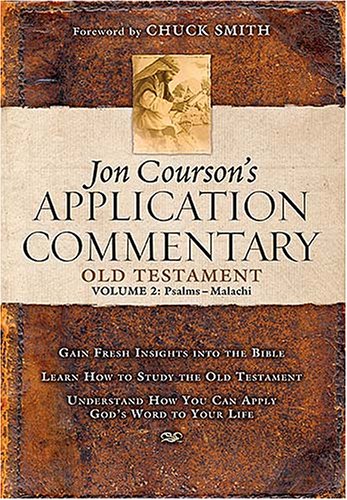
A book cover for Jon Courson's Application Commentary: Volume 2, Old Testament (Psalms - Malachi); Jon Courson; Christian Books & Bibles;